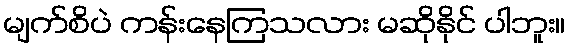
မျက်စိပဲ ကန်းနေကြသလား မဆိုနိုင် ပါဘူး။